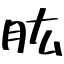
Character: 肱